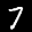
Label: 7